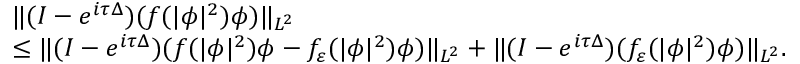
\begin{array} { r l } & { \| ( I - e ^ { i \tau \Delta } ) ( f ( | \phi | ^ { 2 } ) \phi ) \| _ { L ^ { 2 } } } \\ & { \leq \| ( I - e ^ { i \tau \Delta } ) ( f ( | \phi | ^ { 2 } ) \phi - f _ { \varepsilon } ( | \phi | ^ { 2 } ) \phi ) \| _ { L ^ { 2 } } + \| ( I - e ^ { i \tau \Delta } ) ( f _ { \varepsilon } ( | \phi | ^ { 2 } ) \phi ) \| _ { L ^ { 2 } } . } \end{array}